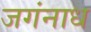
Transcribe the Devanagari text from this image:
जगंनाध